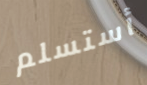
أستسلم